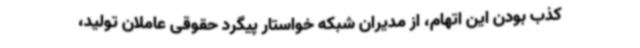
کذب بودن این اتهام، از مدیران شبکه خواستار پیگرد حقوقی عاملان تولید،